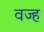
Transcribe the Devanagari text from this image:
वज्ह